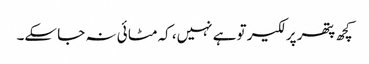
کچھ پتھر پر لکیر تو ہے نہیں، کہ مٹا ئی نہ جا سکے۔